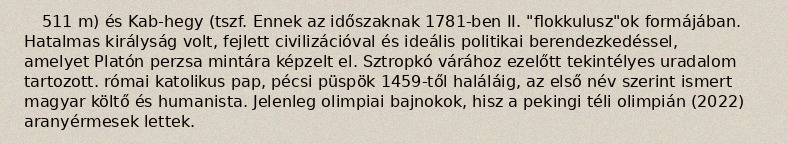
511 m) és Kab-hegy (tszf. Ennek az időszaknak 1781-ben II. "flokkulusz"ok formájában. Hatalmas királyság volt, fejlett civilizációval és ideális politikai berendezkedéssel, amelyet Platón perzsa mintára képzelt el. Sztropkó várához ezelőtt tekintélyes uradalom tartozott. római katolikus pap, pécsi püspök 1459-től haláláig, az első név szerint ismert magyar költő és humanista. Jelenleg olimpiai bajnokok, hisz a pekingi téli olimpián (2022) aranyérmesek lettek.